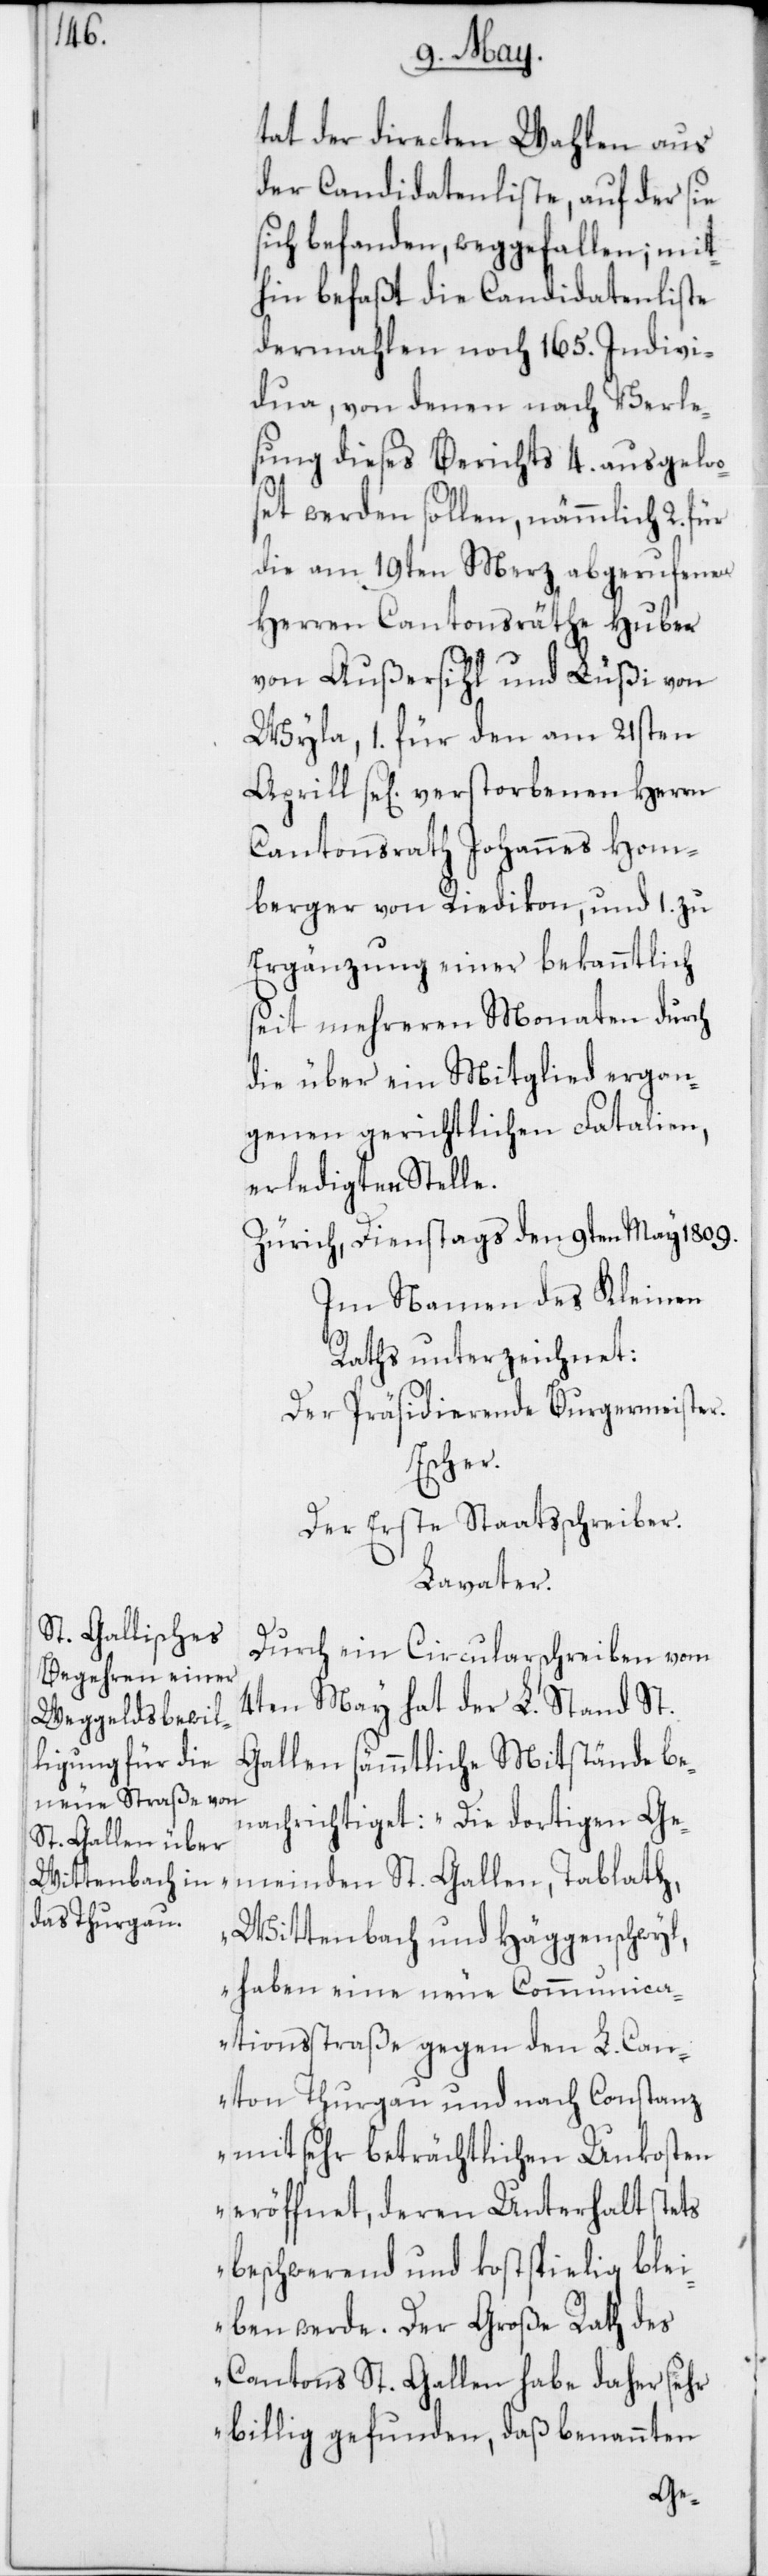
tat der directen Wahlen aus
der Candidatenliste, auf der sie
sich befanden, weggefallen; mit¬
hin befaßt die Candidatenliste
dermahlen noch 165. Indivi¬
dua, von denen nach Verle¬
sung dieses Berichts 4. ausgelo¬
set werden sollen, nämmlich 2. für
die am 19ten Merz abgerufenen
Herren Cantonsräthe Huber
von Außersihl und Lüßi von
Wyla, 1. für den am 21sten
Aprill se[lig] verstorbenen Herren
Cantonsrath Johannes Hom¬
berger von Riedikon, und 1. zu
Ergänzung einer bekanntlich
seit mehreren Monaten durch
die über ein Mitglied ergan¬
genen gerichtlichen Fatalien,
erledigten Stelle.
Zürich, Dienstags den 9ten May 1809.
Im Namen des Kleinen
Raths unterzeichnet:
Der Präsidierende Burgermeister.
Escher.
Der erste Staatsschreiber.
Lavater.
Durch ein Circularschreiben vom
4ten May hat der L. Stand St.
Gallen sämmtliche Mitstände be¬
nachrichtiget: „Die dortigen Ge¬
meinden St. Gallen, Tablath,
Wittenbach und Häggenschwyl
haben eine neue Communica¬
tionsstraße gegen den L. Can¬
ton Thurgau und nach Konstanz
mit sehr beträchtlichen Unkosten
eröffnet, deren Unterhalt stets
beschwerend und kostspielig blei¬
ben werde. Der große Rath des
Cantons St. Gallen habe daher sehr
billig gefunden, daß benannten